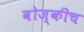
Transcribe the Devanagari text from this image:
वोज्कीच